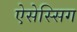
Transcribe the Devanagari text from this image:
ऐसेस्सिग